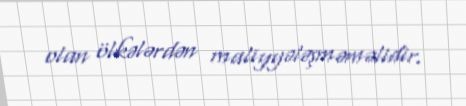
olan ölkələrdən maliyyələşməməlidir.